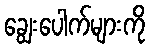
ချွေးပေါက်များကို